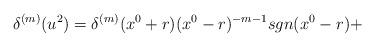
LaTeX: \begin{align*}{\delta}^{(m)}(u^2)={\delta}^{(m)}(x^0+r) (x^0-r)^{-m-1}sgn(x^0-r)+\end{align*}